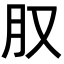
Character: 𪱙